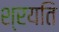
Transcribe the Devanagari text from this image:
श्रयति